Annual report on the lock hospitals of the Madras Presidency
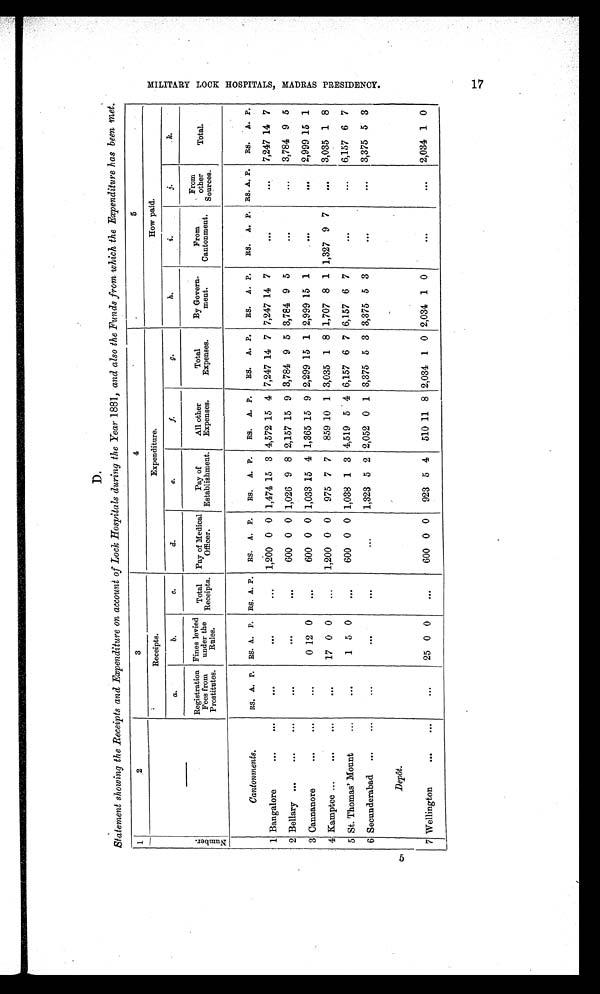
D
Statement showing the Receipts and Expenditure on account of Lock Hospitals during the Year 1881, and also the Funds from which the Expenditure has been met.
1
2
3
4
5
N u m b e r .
Receipts.
Expenditure.
How paid.
a.
b.
c.
d.
e.
f.
g.
h.
i.
j.
k.
Registration
Fee
s f r o m P r o s t i t u t e s .
Fines levied
u n d e r t h e R u l e s .
Total
Receipts.
Pay of Medical
Officer.
Pay of
Establishment.
All other
Expenses.
Total
Expenses.
By Govern-
ment.
From
Cantonment.
From
other
Sources.
Total.
Cantonments.
RS. A. P. RS. A. P. Rs. A. P. RS. A. P. Rs. A. P. Rs. A. P. RS. A. P. Rs. A, P. Rs. A. P. Rs. A. P. Rs. A. P.
1 Bangalore
...
...
. . . . . .
... 1,200 0 0 1,474 15 3 4,572 15 4 7,247 14 7 7,247 14 7
. . .
... 7,247 14 7
2 Bellary ... ...
...
. . . . . .
. . .
600 0 0 1,026 9 8 2,157 15 9 3,784 9 5 3,784 9 5
. . .
... 3,784 9 5
3 Cannanore
...
...
...
0 12 0 . . .
600 0 0 1,033 15 4 1,365 15 9 2,299 15 1 2,999 15 1
. . .
... 2,999 15 1
4 Kamptee ...
... ...
. . .17 0 0
... 1,200 0 0 975 7 7 859 10 1 3,035 1 8 1,707 8 1 1,327 9 7
... 3,035 1 8
5 St. Thomas' Mount
...
. . . 1 5 0 . . .
600 0 0 1,038 1 3 4,519 5 4 6,157 6 7 6,157 6 7
. . .
... 6,157 6 7
6 Secunderabad ...
...
...
. . .
. . .
...
1,323 5 2 2,052 0 1 3,375 5 3 3,375 5 3
. . .
... 3,375 5 3
D e p ô t .
7 Wellington
. . .
...
...
25 0 0
...
600 0 0 923 5 4 510 11 8 2,034 1 0 2,034 1 0
. . .
... 2,034 1 0
M I L I T A R Y L O O K H O S P I T A L S , M A D R A S P R E S I D E N O Y .
17 5